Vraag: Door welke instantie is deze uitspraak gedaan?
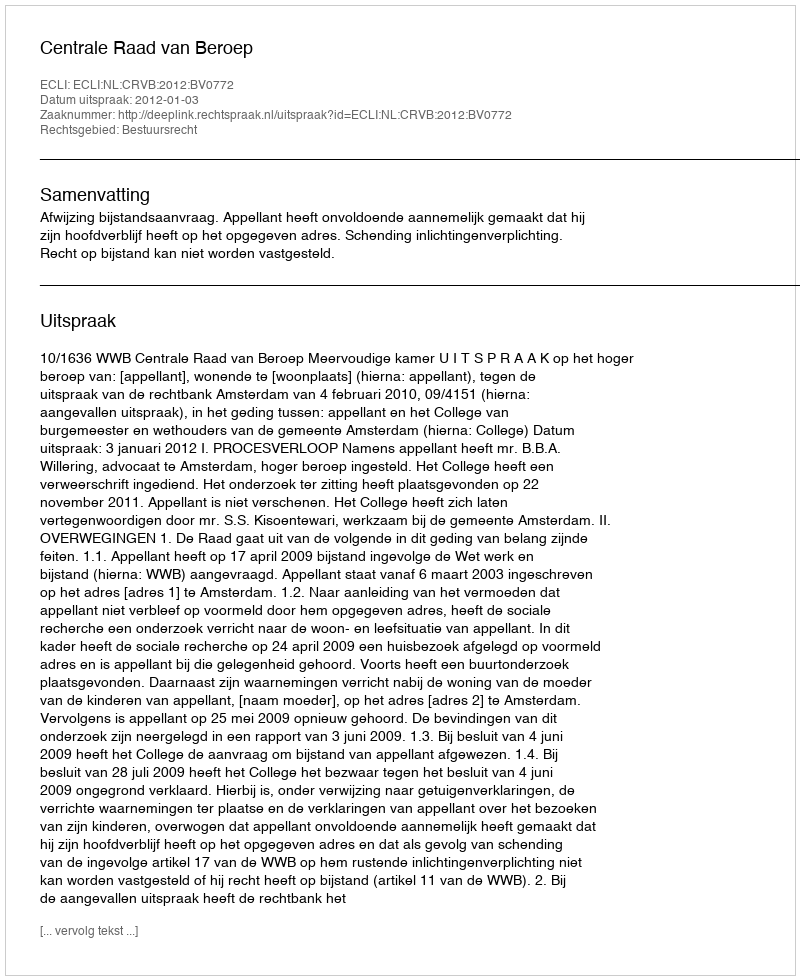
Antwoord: Centrale Raad van Beroep